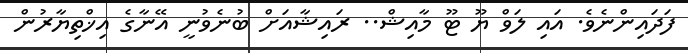
ފަދައިންނެވެ. އައި ލަވް ޔޫ ޓޫ މާއިޝް.. ރައިޝާއަށް ބުނެވުނީ އޭނާގެ އިޚްތިޔާރުން